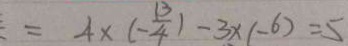
= 4 \times ( - \frac { 1 3 } { 4 } ) - 3 x ( - 6 ) = 5